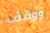
ووقف